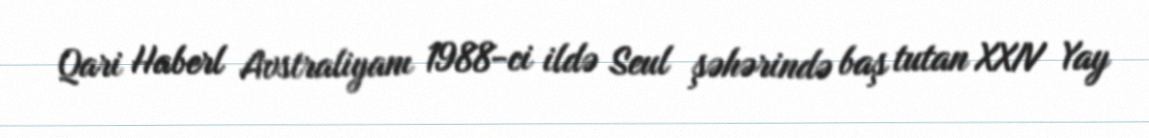
Qari Haberl Avstraliyanı 1988-ci ildə Seul şəhərində baş tutan XXIV Yay